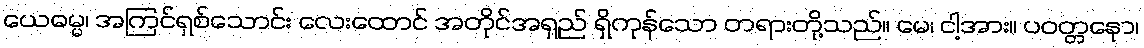
ယေဓမ္မ၊ အကြင်ရှစ်သောင်း လေးထောင် အတိုင်အရှည် ရှိကုန်သော တရားတို့သည်။ မေ၊ ငါ့အား။ ပဝတ္တနော၊